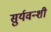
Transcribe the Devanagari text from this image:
सुर्यवन्शी